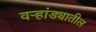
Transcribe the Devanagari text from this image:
वर्‍हांड्यातील